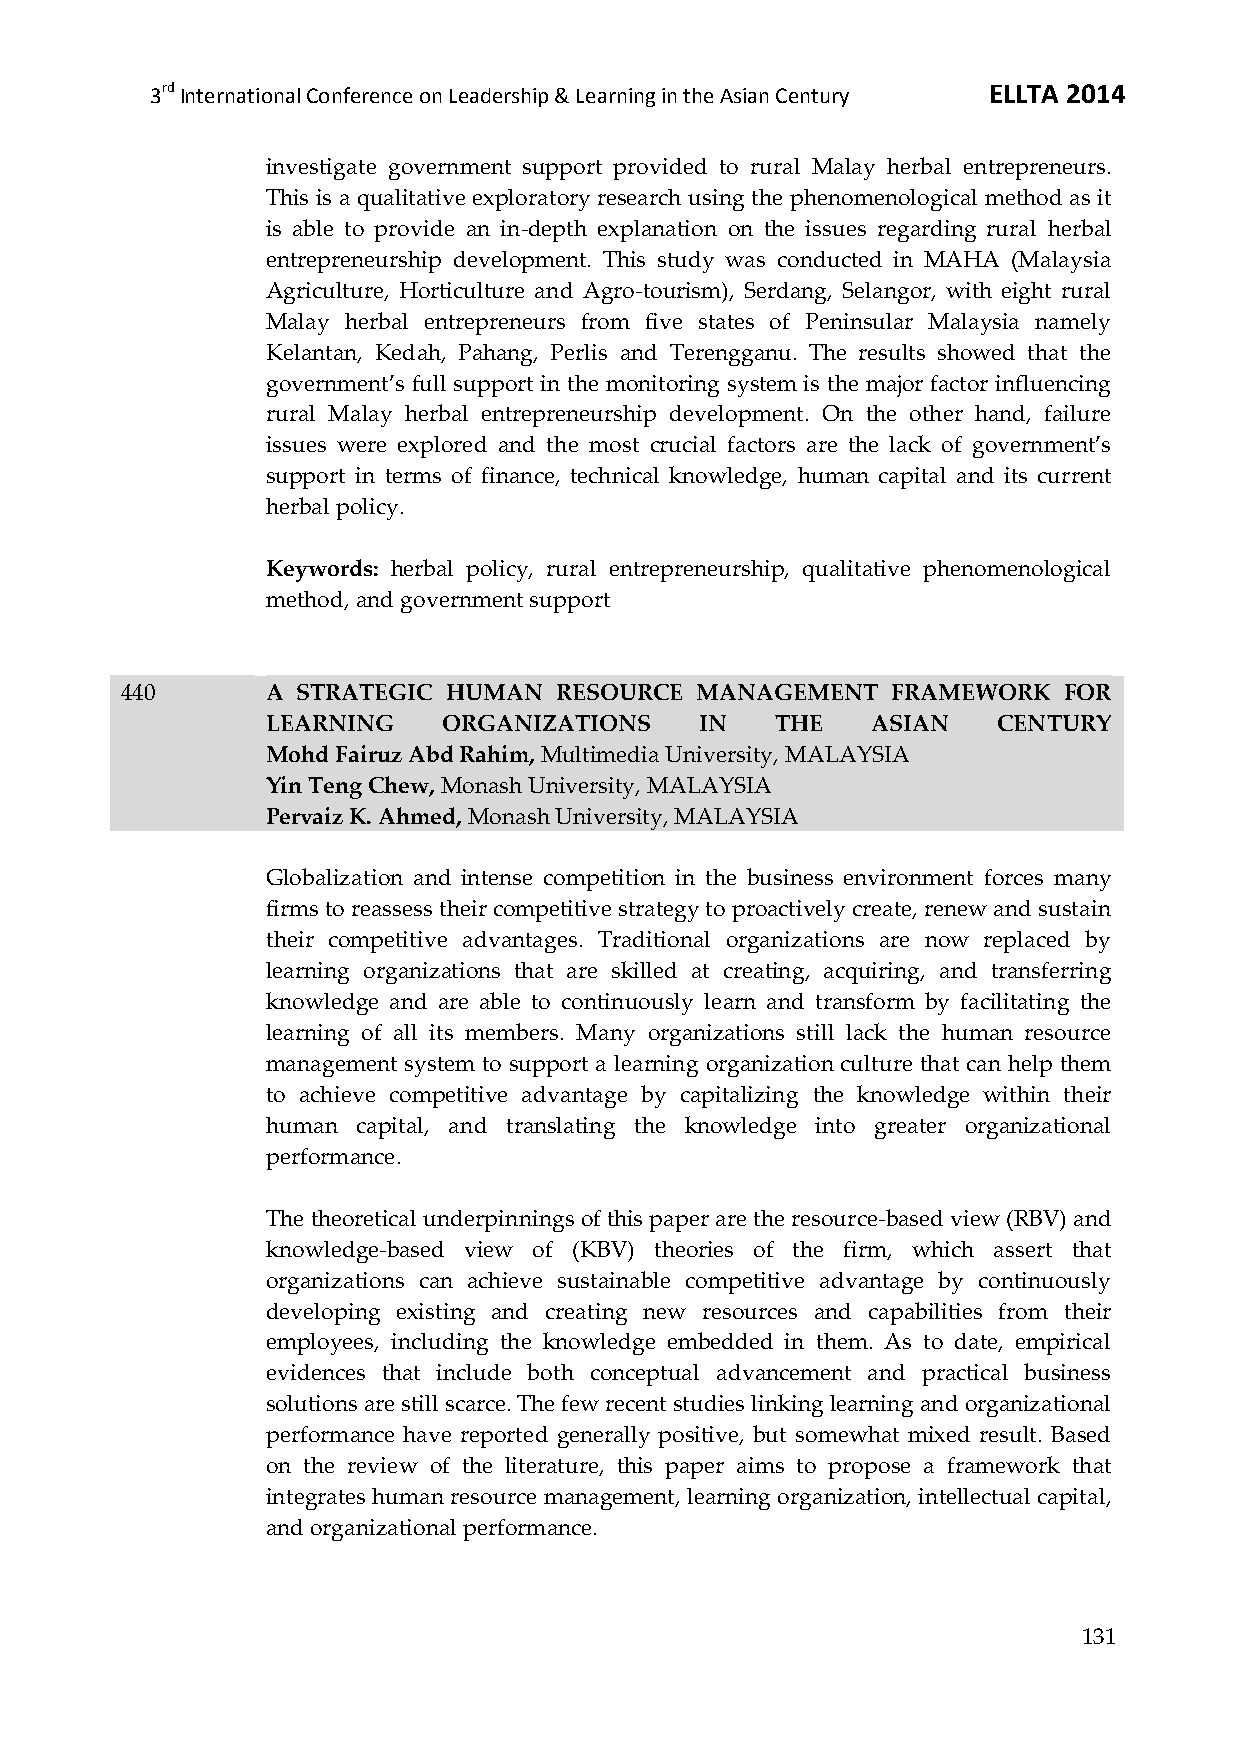
3rd International Conference on Leadership & Learning in the Asian Century ELLTA 2014
 investigate government support provided to rural Malay herbal entrepreneurs.
 This is a qualitative exploratory research using the phenomenological method as it
 is able to provide an in-depth explanation on the issues regarding rural herbal
 entrepreneurship development. This study was conducted in MAHA (Malaysia
 Agriculture, Horticulture and Agro-tourism), Serdang, Selangor, with eight rural
 Malay herbal entrepreneurs from five states of Peninsular Malaysia namely
 Kelantan, Kedah, Pahang, Perlis and Terengganu. The results showed that the
 government’s full support in the monitoring system is the major factor influencing
 rural Malay herbal entrepreneurship development. On the other hand, failure
 issues were explored and the most crucial factors are the lack of government’s
 support in terms of finance, technical knowledge, human capital and its current
 herbal policy.
 Keywords: herbal policy, rural entrepreneurship, qualitative phenomenological
 method, and government support
 440       A STRATEGIC HUMAN  RESOURCE MANAGEMENT   FRAMEWORK  FOR
 LEARNING   ORGANIZATIONS    IN   THE    ASIAN   CENTURY
 Mohd Fairuz Abd Rahim, Multimedia University, MALAYSIA
 Yin Teng Chew, Monash University, MALAYSIA
 Pervaiz K. Ahmed, Monash University, MALAYSIA
 Globalization and intense competition in the business environment forces many
 firms to reassess their competitive strategy to proactively create, renew and sustain
 their competitive advantages. Traditional organizations are now replaced by
 learning organizations that are skilled at creating, acquiring, and transferring
 knowledge and are able to continuously learn and transform by facilitating the
 learning of all its members. Many organizations still lack the human resource
 management system to support a learning organization culture that can help them
 to achieve competitive advantage by capitalizing the knowledge within their
 human capital, and translating the knowledge into greater organizational
 performance.
 The theoretical underpinnings of this paper are the resource-based view (RBV) and
 knowledge-based view of (KBV) theories of the firm, which assert that
 organizations can achieve sustainable competitive advantage by continuously
 developing existing and creating new resources and capabilities from their
 employees, including the knowledge embedded in them. As to date, empirical
 evidences that include both conceptual advancement and practical business
 solutions are still scarce. The few recent studies linking learning and organizational
 performance have reported generally positive, but somewhat mixed result. Based
 on the review of the literature, this paper aims to propose a framework that
 integrates human resource management, learning organization, intellectual capital,
 and organizational performance.
 131